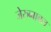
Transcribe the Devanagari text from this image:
जेरुब्बाबल